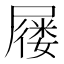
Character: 屦